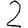
Digit: 2